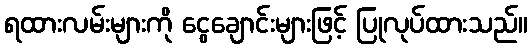
ရထားလမ်းများကို ငွေချောင်းများဖြင့် ပြုလုပ်ထားသည်။